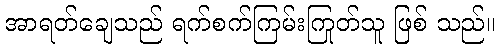
အာရတ်ချေသည် ရက်စက်ကြမ်းကြုတ်သူ ဖြစ် သည်။